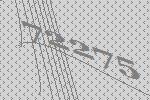
72275